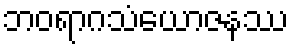
ဘဝရာဂသံယောဇနဿ